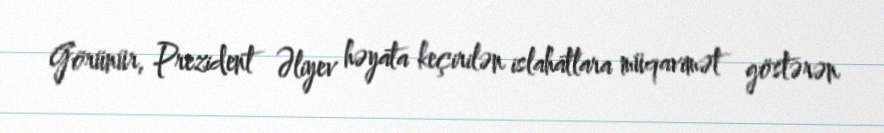
Görünür, Prezident Əliyev həyata keçirilən islahatlara müqavimət göstərən